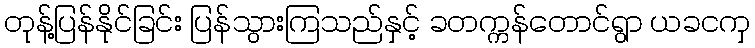
တုန့်ပြန်နိုင်ခြင်း ပြန်သွားကြသည်နှင့် ခတက္ကန်တောင်ရွာ ယခငကှ